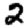
Digit: 2